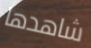
شاهدها